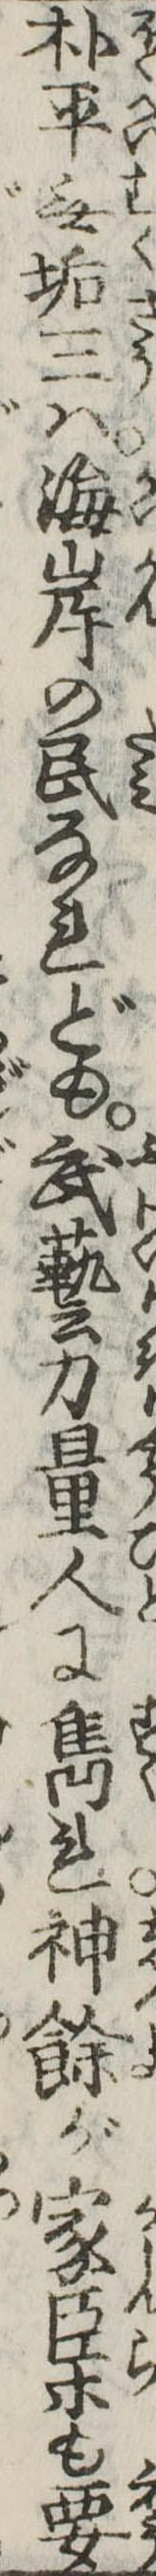
朴平無垢三は海岸の民なれども武芸力量人に雋れ神余が家臣等も要